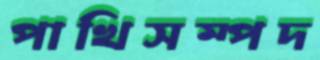
পাখিসম্পদ